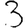
Digit: 3